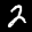
Label: 2